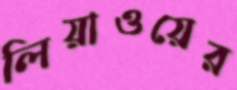
লিয়াওয়ের